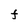
Character: F